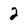
Character: 2